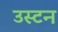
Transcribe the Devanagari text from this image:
उस्टन